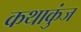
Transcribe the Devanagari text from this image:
कथाकुंज